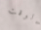
الوقت